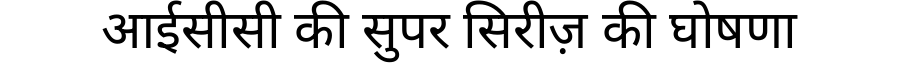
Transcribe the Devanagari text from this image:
आईसीसी की सुपर सिरीज़ की घोषणा